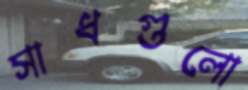
সাধগুলো